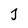
Character: j